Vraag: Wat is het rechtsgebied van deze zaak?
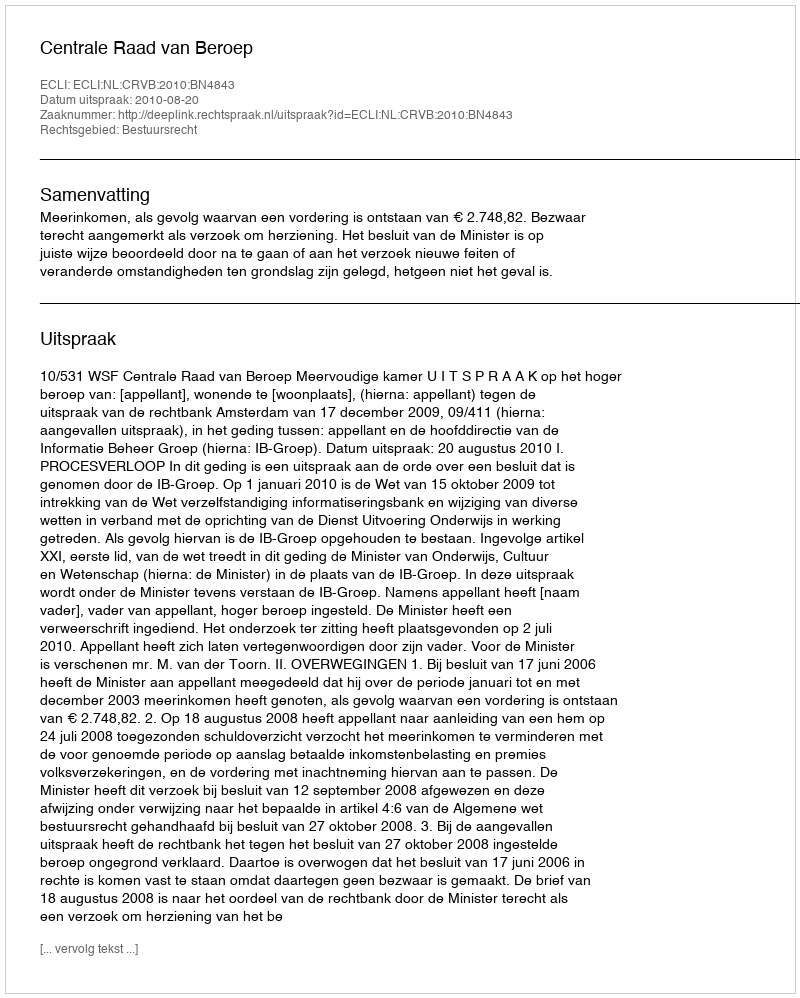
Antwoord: Bestuursrecht